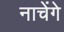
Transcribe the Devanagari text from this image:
नाचेंगे